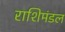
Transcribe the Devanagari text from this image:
राशिमंडल